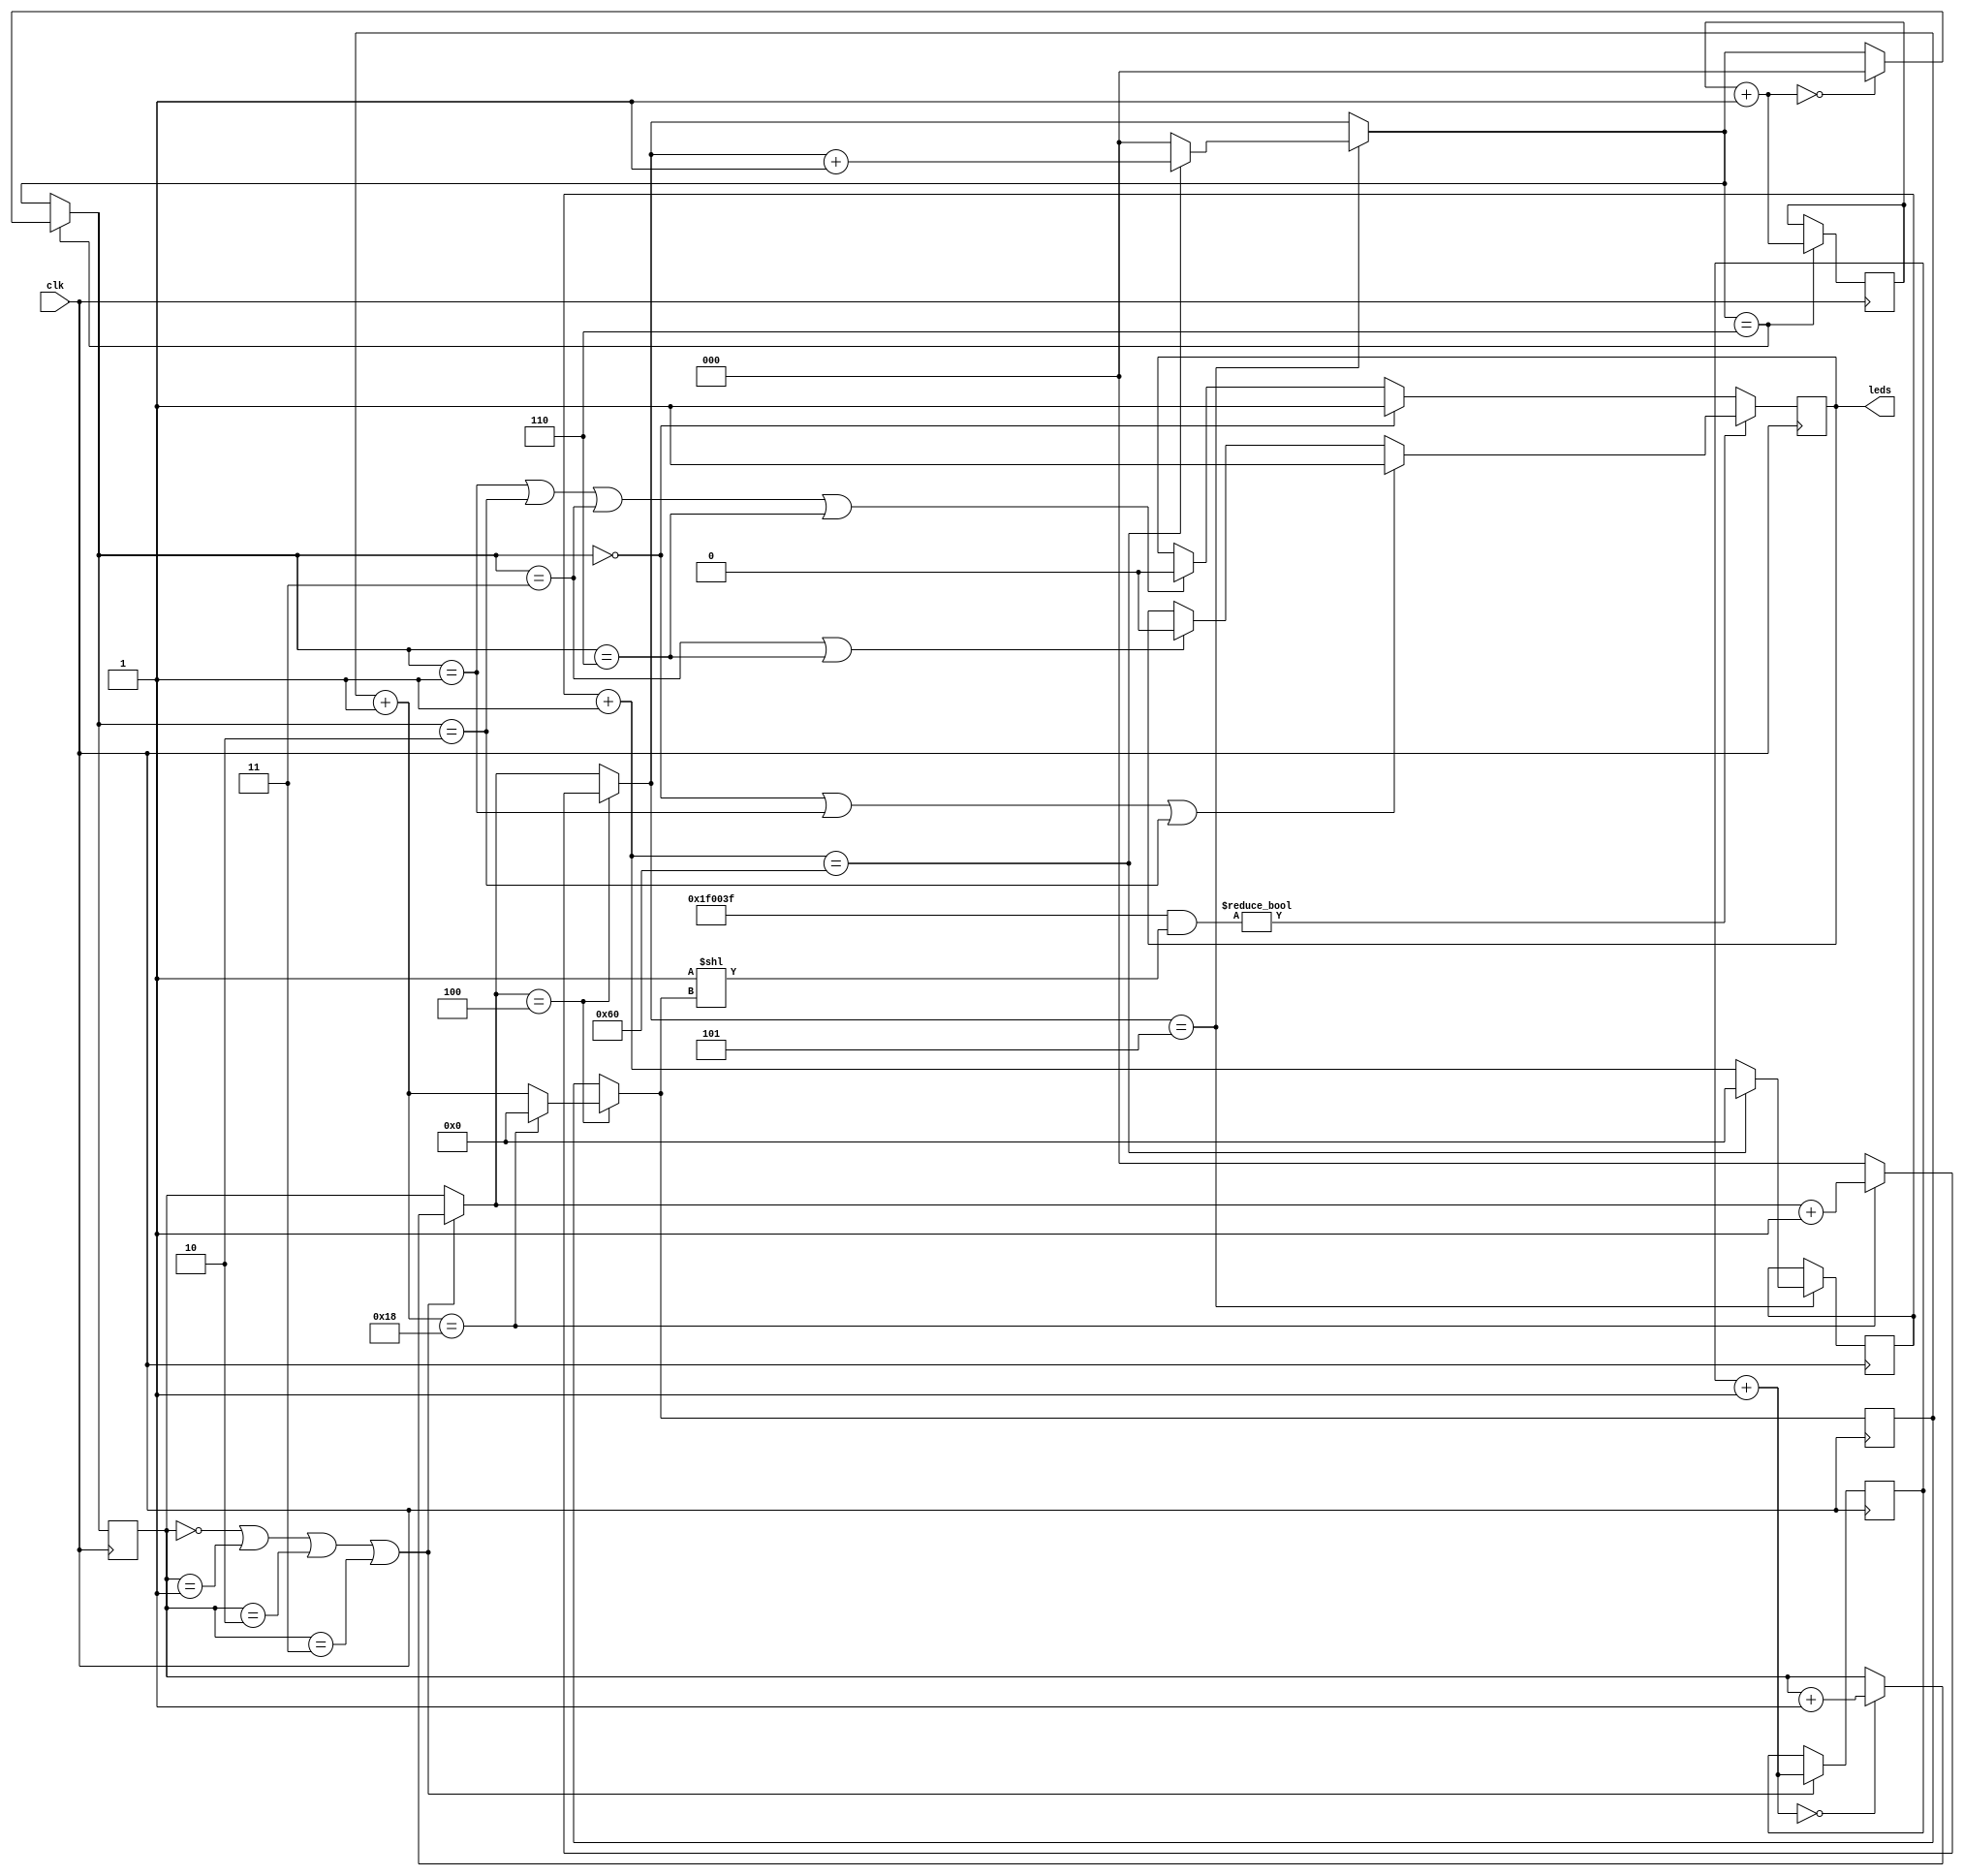
module main(
  input  clk,
  output leds,
  );

  // Neopixel state machine.
  reg [2:0] state;
  reg [1:0] npxc;
  reg [12:0] lpxc;
  reg [7:0] bits;
  reg [7:0] led_num;
  reg [24:0] test_color;
  assign test_color = 24'b000111110000000000111111;
  // cyan color test
  always@(posedge clk)
    begin
      // made for 12Mhz
      // Process the state machine; states 0-3 are the four WS2812B 'ticks',
      // each consisting of 83.33 * 4 ~= 333.33 nanoseconds. Four of those
      // ticks are then ~1333.33 nanoseconds long, and we can get close to
      // the ideal 1250ns period.
      // A '1' is 3 high periods followed by 1 low period (999.99/333.33 ns)
      // A '0' is 1 high period followed by 3 low periods (333.33/999.99 ns)
      if (state == 0 || state == 1 || state == 2 || state == 3)
        begin
          npxc = npxc + 1;
          if (npxc == 0)
            begin
              state = state + 1;
            end
        end
      if (state == 4)
        begin
          bits = bits + 1;
	  if (bits == 24)
            begin
              bits = 0;
              state = state + 1;
            end
          else
            begin
              state = 0;
            end
        end
      if (state == 5)
        begin
          led_num = led_num + 1;
          if (led_num == 96)
            begin
              led_num = 0;
              state = state + 1;
            end
          else
            begin
              state = 0;
            end
        end
      if (state == 6)
        begin
          lpxc = lpxc + 1;
          if (lpxc == 0)
            begin
              state = 0;
            end
        end
      // Set the correct pin state.
      if (test_color & (1 << bits))
        begin
        if (state == 0 || state == 1 || state == 2)
          begin
            leds <= 1;
          end
        else if (state == 3 || state == 6)
          begin
            leds <= 0;
          end
        end
      else
        begin
        if (state == 0)
          begin
            leds <= 1;
          end
        else if (state == 1 || state == 2 || state == 3 || state == 6)
          begin
            leds <= 0;
          end
      end
    end
endmodule